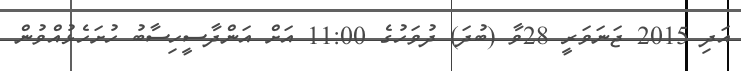
އަދި 2015 ޖަނަވަރީ 28ވާ (ބުދަ) ދުވަހުގެ 11:00 އަށް އަންދާސީހިސާބު ހުށަހެޅުއްވުން